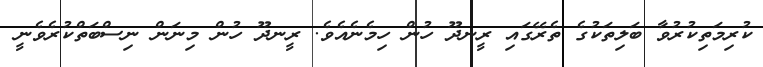
ކުރިމަތިކުރުވާ ބަލިތަކުގެ ތެރޭގައި ރީނދޫ ހުން ހިމެނެއެވެ. ރީނދޫ ހުން މިނަން ނިސްބަތްކުރެވެނީ